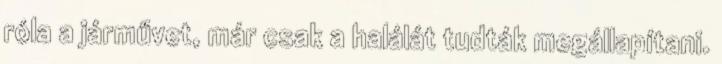
róla a járművet, már csak a halálát tudták megállapítani.